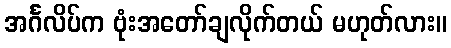
အင်္ဂလိပ်က ဗုံးအတော်ချလိုက်တယ် မဟုတ်လား။